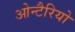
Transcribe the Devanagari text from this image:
ओन्टैरियो